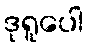
ဒုရူပေါ